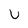
Character: U